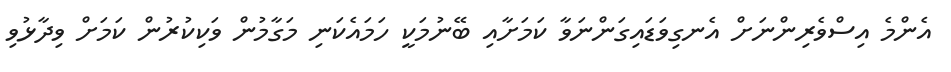
އެންމެ އިސްވެރިންނަށް އެނގިވަޑައިގަންނަވާ ކަމަށާއި ބޭނުމަކީ ހަމައެކަނި މަގާމުން ވަކިކުރުން ކަމަށް ވިދާޅުވި